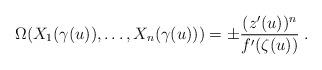
LaTeX: \begin{align*}\Omega(X_1(\gamma(u)),\ldots,X_n(\gamma(u)))=\pm\frac{(z'(u))^n}{f'(\zeta(u))}\;.\end{align*}